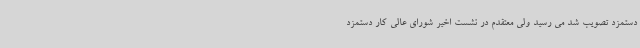
دستمزد تصویب شد می رسید ولی معتقدم در نشست اخیر شورای عالی کار دستمزد